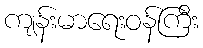
ကျန်းမာရေးဝန်ကြီး